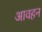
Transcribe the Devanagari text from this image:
आवहन